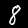
Digit: 8